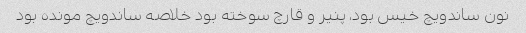
نون ساندویچ خیس بود، پنیر و قارچ سوخته بود خلاصه ساندویچ مونده بود